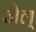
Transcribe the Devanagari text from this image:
जेल्